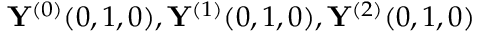
\mathbf { Y } ^ { ( 0 ) } ( 0 , 1 , 0 ) , \mathbf { Y } ^ { ( 1 ) } ( 0 , 1 , 0 ) , \mathbf { Y } ^ { ( 2 ) } ( 0 , 1 , 0 )